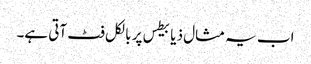
اب یہ مثال ذیابیطس پر بالکل فٹ آتی ہے۔